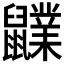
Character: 𪖊